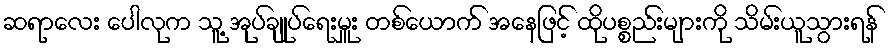
ဆရာလေး ပေါလုက သူ့ အုပ်ချုပ်ရေးမှူး တစ်ယောက် အနေဖြင့် ထိုပစ္စည်းများကို သိမ်းယူသွားရန်